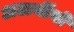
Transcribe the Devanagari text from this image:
अटार्नीयों